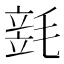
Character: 𣯓